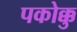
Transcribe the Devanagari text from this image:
पकोक्कु